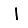
Digit: 1